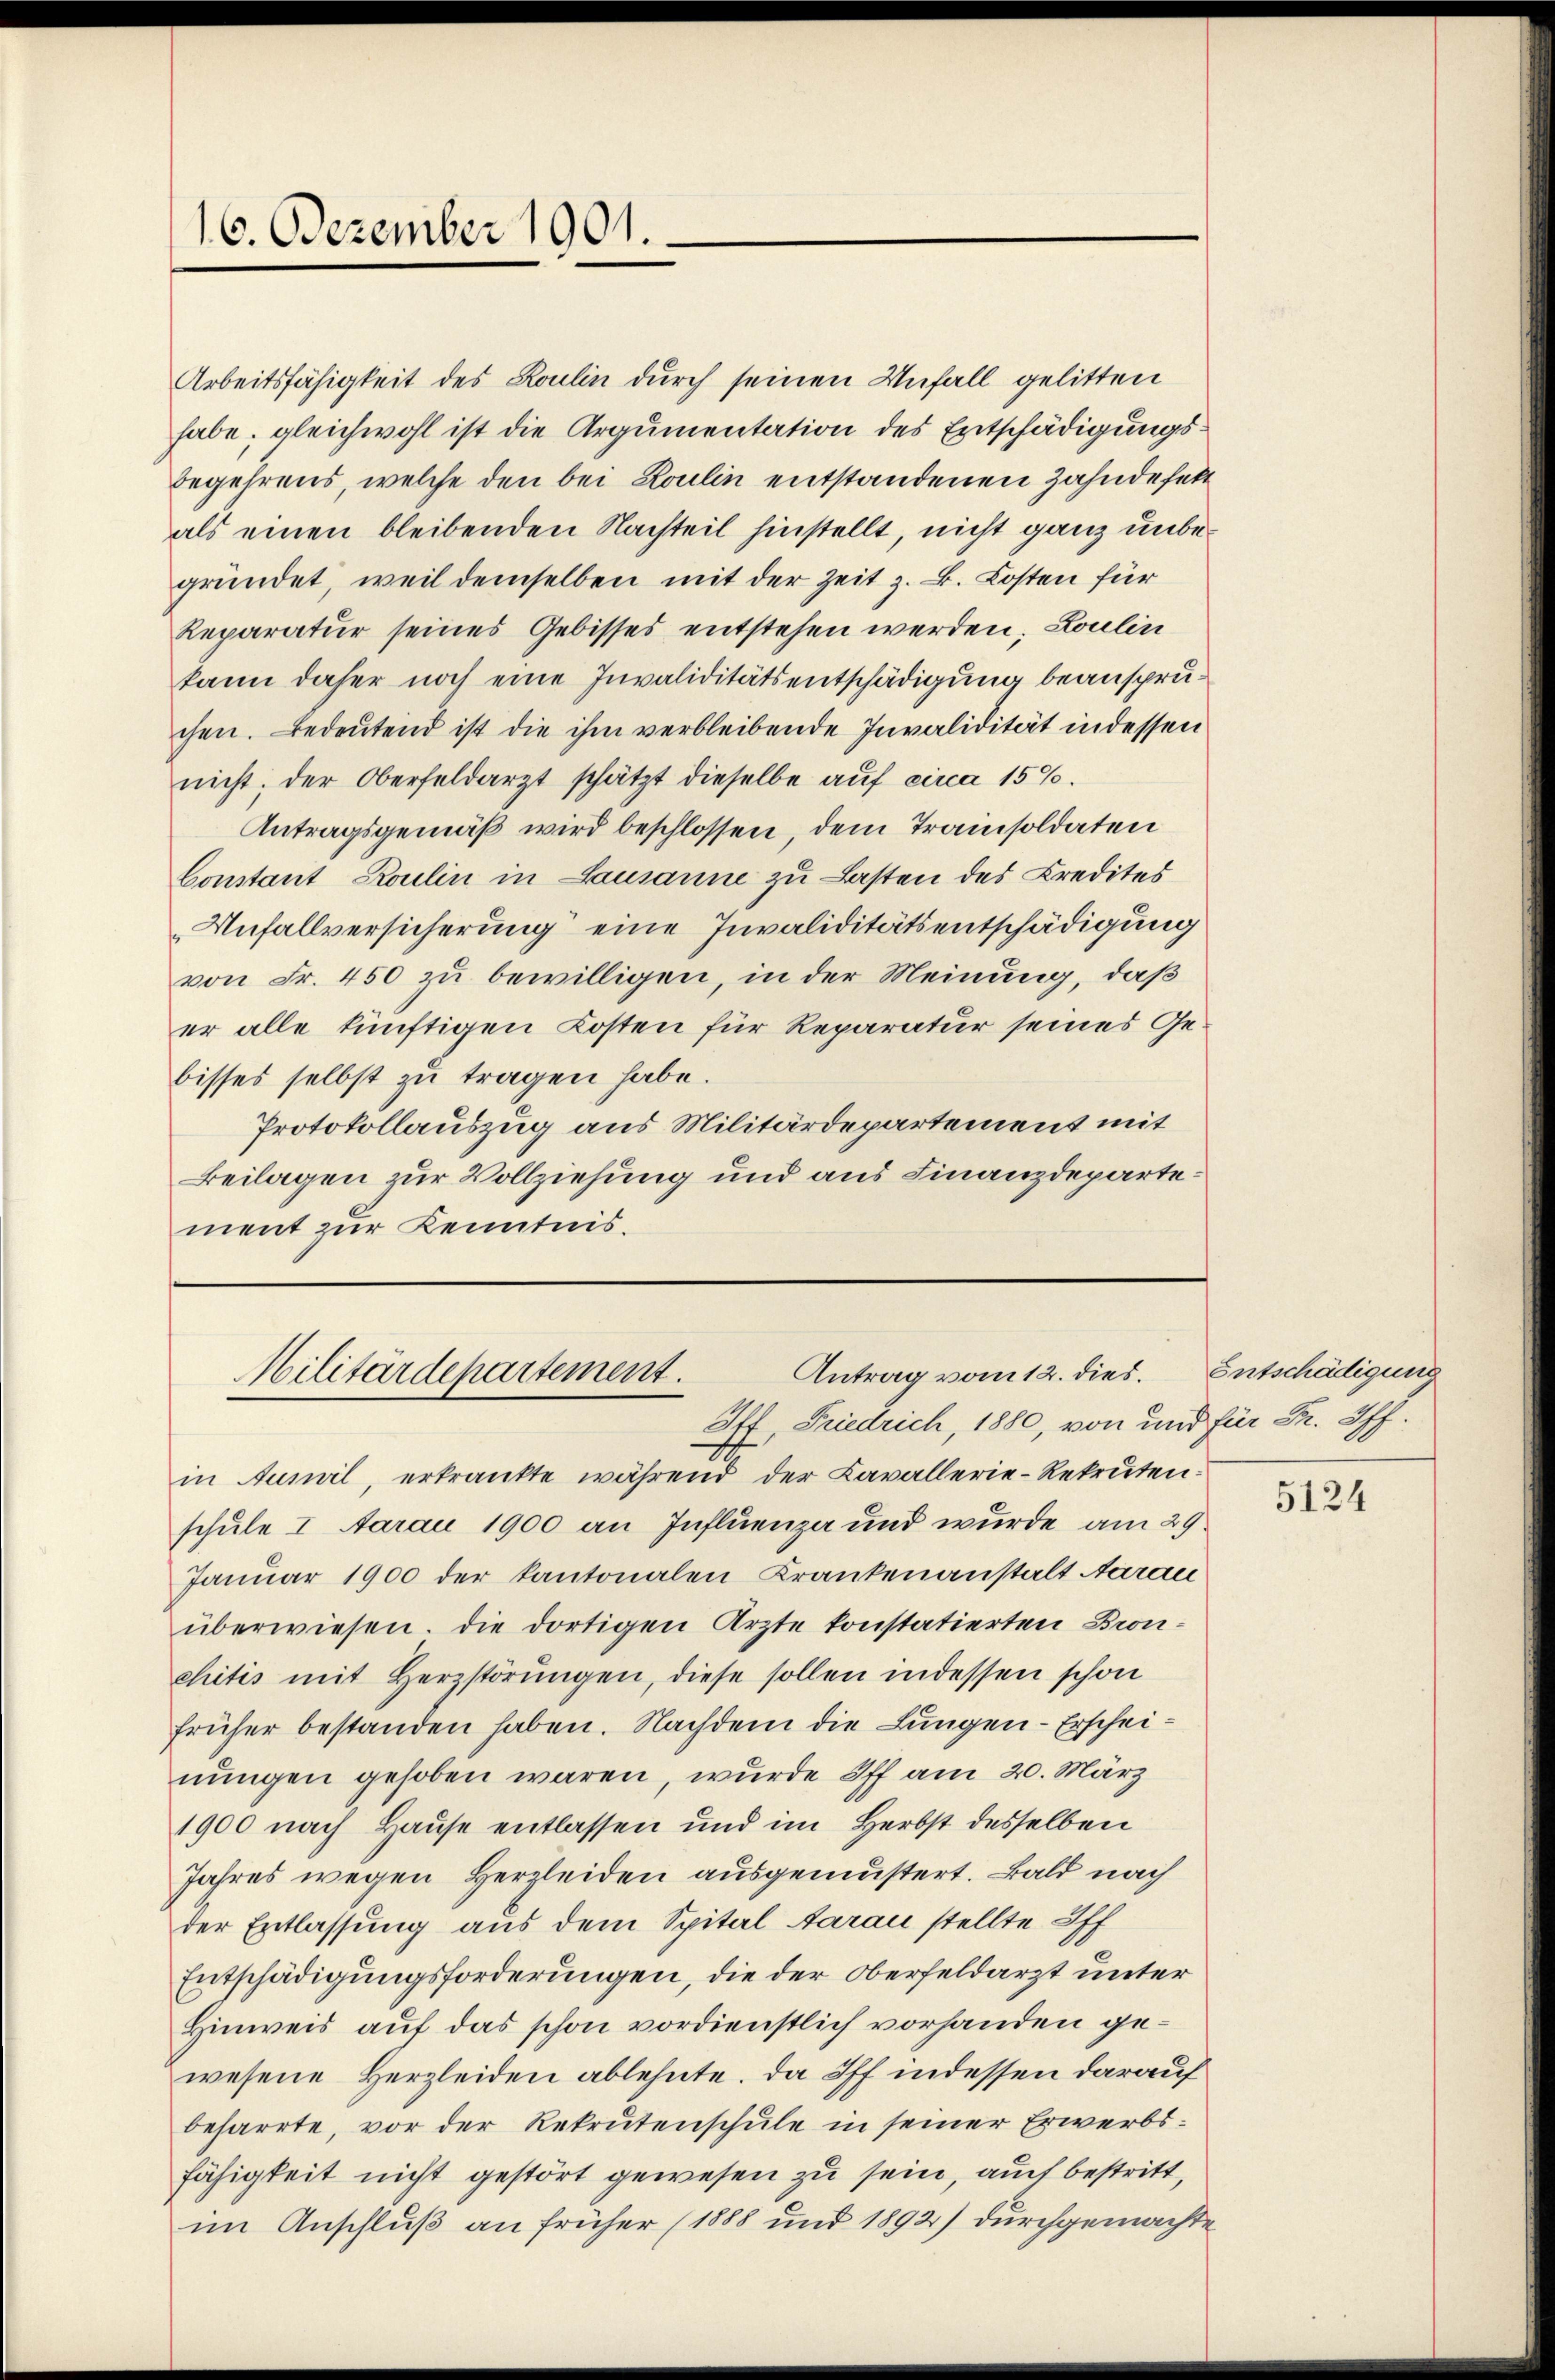
16. Dezember 1901.

Arbeitsfähigkeit des Roulin durch seinen Unfall gelitten
habe; gleichwohl ist die Argumentation des Entschädigungsbegehrens, welche den bei Roulin entstandenen Zahndefekt
als einen bleibenden Nachteil hinstellt, nicht ganz unbegründet, weil demselben mit der Zeit z. B. Kosten für
Reparatur seines Gebisses entstehen werden; Loulin
kann daher noch eine Invaliditätsentschädigung beanspruchen. Bedeutend ist die ihm verbleibende Invalidität in dessen
nicht; der Oberfeldarzt schätzt dieselbe aŭf circa 15%.
Antragsgemäß wird beschlossen, dem Trainsoldaten
Constant Roulin in Lausanne zu Lasten des Credites
Unfallversicherung eine Invaliditätsentschädigung
von Fr. 450 zu bewilligen, in der Meinung, daß
er alle künftigen Kosten für Reparatur seines Gebisses selbst zu tragen habe.
Protokollauszug aus Militärdepartement mit
Beilagen zur Vollziehung und aus Finanzdepartement zur Kenntnis.

Antrag vom 12. dies.
Militärdepartement.

If Friedrich, 1880, von und für Dr. Off.
d
in Aumil, erkrankte während der Lavallerie-Rekrutenschule I Aarau 1900 an Influenza und wurde am 29.
Januar 1900 der kantonalen Krankenanstalt Aarau
überwiesen. Die dortigen Ärzte konstatierten Bronchitis mit Herzstörŭngen, diese sollen indessen schon
früher bestanden haben. Nachdem die Lungen - Erscheinungen gehoben wären, wurde Iff am 20. März
1900 nach Hause entlassen und im Herbst desselben
Jahres wegen Herzleiden ausgemästert. Bald nach
der Entlassung aus dem Spital darau stellte Off
Entschädigungsforderungen, die der Oberfeldarzt unter
Hinweis auf das schon vordienstlich vorhanden gewesene Herzleiden ablehnte. Da Iff indessen darauf
beharrte, vor der Rekrutenschule in seiner Erwerbsfähigkeit nicht gestört gewesen zu sein, auch bestritt,
im Anschluß an früher (1888 und 1892) durchgemachte

Entschädigung

5124